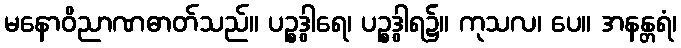
မနောဝိညာဏဓာတ်သည်။ ပဉ္စဒွါရေ၊ ပဉ္စဒွါရ၌။ ကုသလ၊ ပေ။ အနန္တရံ၊